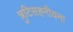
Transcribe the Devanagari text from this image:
त्रुटिसहनीयना